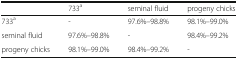
<table><thead><tr><td></td><td><b>733<sup>a</sup></b></td><td><b>seminal fluid</b></td><td><b>progeny chicks</b></td></tr></thead><tbody><tr><td>733<sup>a</sup></td><td>-</td><td>97.6%–98.8%</td><td>98.1%–99.0%</td></tr><tr><td>seminal fluid</td><td>97.6%–98.8%</td><td>-</td><td>98.4%–99.2%</td></tr><tr><td>progeny chicks</td><td>98.1%–99.0%</td><td>98.4%–99.2%</td><td>-</td></tr></tbody></table>